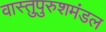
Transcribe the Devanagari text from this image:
वास्तुपुरुशमंडल